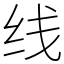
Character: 线